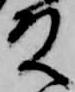
殿